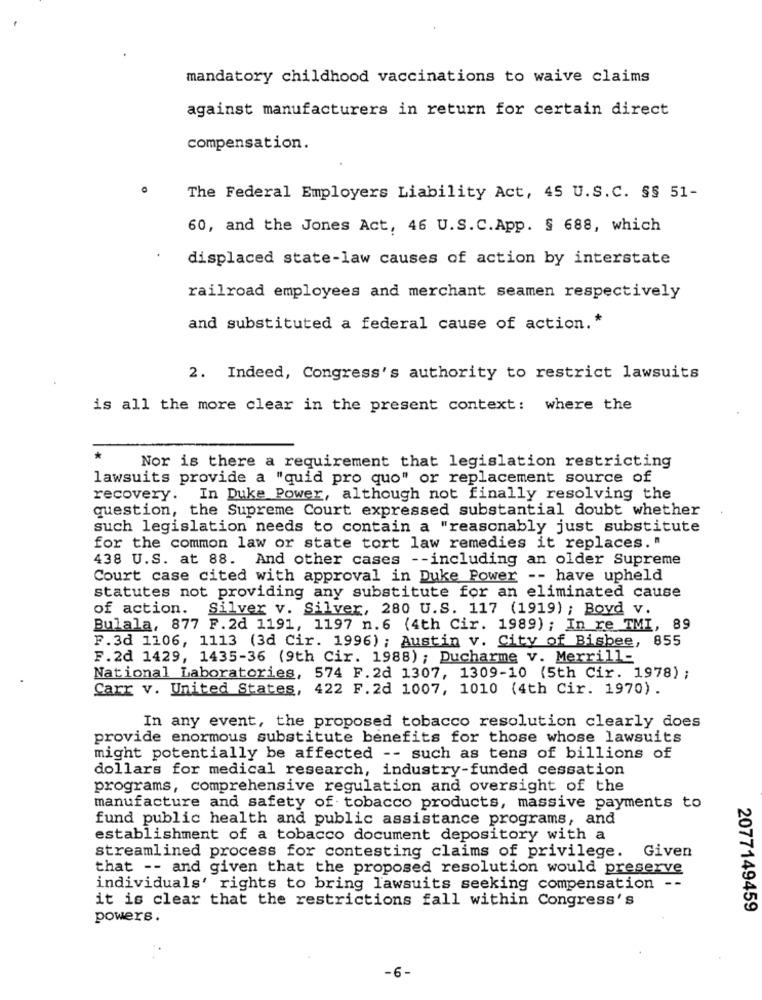
mandatory childhood vaccinations to waive claims
against manufacturers in return for certain direct
compensation.
The Federal Employers Liability Act, 45 U.S.C. $$ 51-
60, and the Jones Act, 46 U.S. C. App. § 688, which
displaced state-law causes of action by interstate
railroad employees and merchant seamen respectively
and substituted a federal cause of action. *
2. Indeed, Congress's authority to restrict lawsuits
is all the more clear in the present context: where the
*
Nor is there a requirement that legislation restricting
lawsuits provide a "quid pro quo" or replacement source of
recovery.
In Duke Power, although not finally resolving the
question, the Supreme Court expressed substantial doubt whether
such legislation needs to contain a "reasonably just substitute
for the common law or state tort law remedies it replaces. "
438 U.S. at 88. And other cases -- including an older Supreme
Court case cited with approval in Duke Power -- have upheld
statutes not providing any substitute for an eliminated cause
of action. Silver v. Silver, 280 U.S. 117 (1919) ; Boyd v.
Bulala, 877 F.2d 1191, 1197 n.6 (4th Cir. 1989) ; In re TMI, 89
F.3d 1106, 1113 (3d Cir. 1996) ; Austin v. City of Bisbee, 855
F.2d 1429, 1435-36 (9th Cir. 1988) ; Ducharme v. Merrill-
National Laboratories, 574 F.2d 1307, 1309-10 (5th Cir. 1978) ;
Carr v. United States, 422 F.2d 1007, 1010 (4th Cir. 1970).
In any event, the proposed tobacco resolution clearly does
provide enormous substitute benefits for those whose lawsuits
might potentially be affected -- such as tens of billions of
dollars for medical research, industry-funded cessation
programs, comprehensive regulation and oversight of the
manufacture and safety of tobacco products, massive payments to
fund public health and public assistance programs, and
establishment of a tobacco document depository with a
streamlined process for contesting claims of privilege.
Given
that -- and given that the proposed resolution would preserve
individuals' rights to bring lawsuits seeking compensation --
it is clear that the restrictions fall within Congress's
2077149459
powers.
-6-